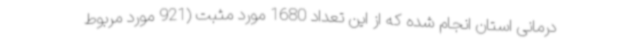
درمانی استان انجام شده که از این تعداد 1680 مورد مثبت (921 مورد مربوط